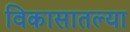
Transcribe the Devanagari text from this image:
विकासातल्या